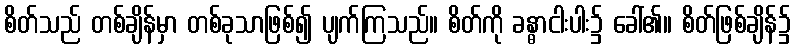
စိတ်သည် တစ်ချိန်မှာ တစ်ခုသာဖြစ်၍ ပျက်ကြသည်။ စိတ်ကို ခန္ဓာငါးပါး၌ ခေါ်၏။ စိတ်ဖြစ်ချိန်၌